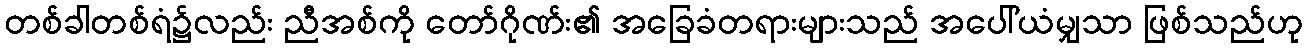
တစ်ခါတစ်ရံ၌လည်း ညီအစ်ကို တော်ဂိုဏ်း၏ အခြေခံတရားများသည် အပေါ်ယံမျှသာ ဖြစ်သည်ဟု